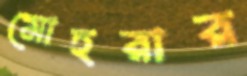
মোহরার